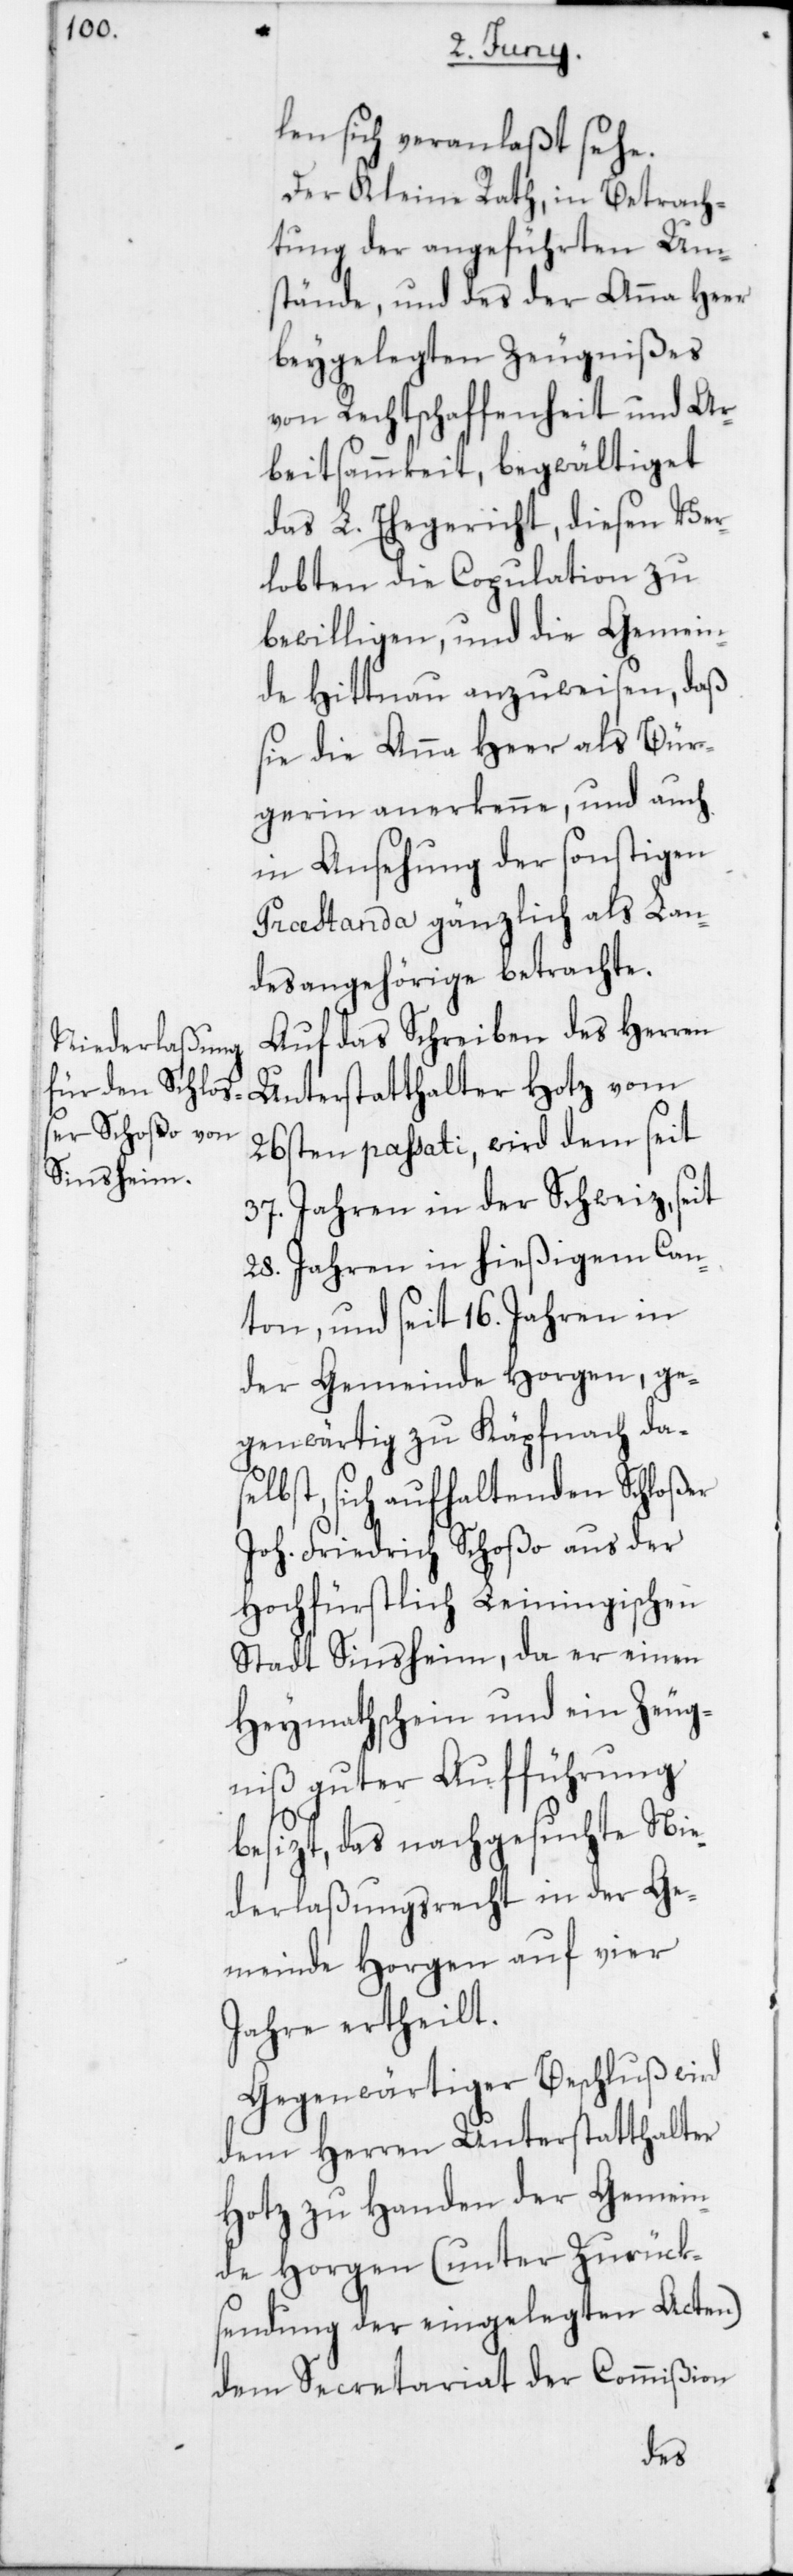
len sich veranlaßt sehe.
Der Kleine Rath, in Betrach¬
tung der angeführten Um¬
stände, und des der Anna Heer
beygelegten Zeugnißes
von Rechtschaffenheit und Ar¬
beitsammkeit, begwältiget
das L. Ehegericht, diesen Ver¬
lobten die Copulation zu
bewilligen, und die Gemein¬
de Hittnau anzuweisen, daß
sie die Anna Heer als Bür¬
gerin anerkenne, und auch
in Ansehung der sonstigen
Præstanda gänzlich als Lan¬
desangehörige betrachte.
Auf das Schreiben des Herren
Unterstatthalter Hotz vom
26sten passati, wird dem seit
37 Jahren in der Schweiz, seit
28 Jahren in hießigem Can¬
ton, und seit 16 Jahren in
der Gemeinde Horgen, ge¬
genwärtig zu Käpfnach das¬
elbst sich aufhaltenden Schloßer
Joh. Friedrich Schoßo aus der
Hochfürstlich Leiningischen
Stadt Sinsheim, da er einen
Heymathschein und ein Zeug¬
niß guter Aufführung
besizt, das nachgesuchte Nie¬
derlaßungsrecht in der Ge¬
meinde Horgen auf vier
Jahre ertheilt.
Gegenwärtiger Beschluß wird
dem Herren Unterstatthalter
Hotz zu Handen der Gemein¬
de Horgen (unter Zurück¬
sendung der eingelegten Acten)
dem Secretariat der Commißion